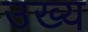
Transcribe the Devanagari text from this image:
उख्य